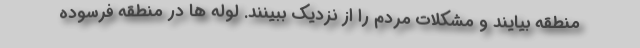
منطقه بیایند و مشکلات مردم را از نزدیک ببینند. لوله ها در منطقه فرسوده